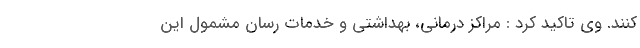
کنند. وی تاکید کرد : مراکز درمانی، بهداشتی و خدمات رسان مشمول این